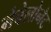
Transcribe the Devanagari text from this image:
मेवेलोनेट